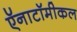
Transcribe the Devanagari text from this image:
ऍनाटॉमीकल